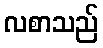
လစာသည်